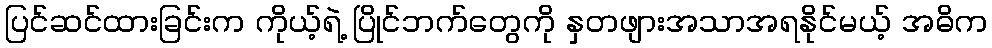
ပြင်ဆင်ထားခြင်းက ကိုယ့်ရဲ့ ပြိုင်ဘက်တွေကို နှတဖျားအသာအရနိုင်မယ့် အဓိက